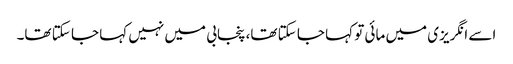
اسے انگریزی میں مائی تو کہا جا سکتا تھا، پنجابی میں نہیں کہا جا سکتا تھا۔